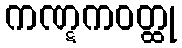
ကဏ္ဋကဝတ္ထု